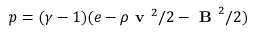
p = ( \gamma - 1 ) ( e - \rho \textbf { v } ^ { 2 } / 2 - \textbf { B } ^ { 2 } / 2 )